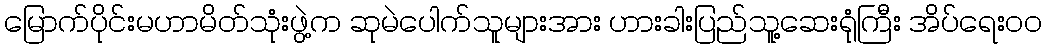
မြောက်ပိုင်းမဟာမိတ်သုံးဖွဲ့က ဆုမဲပေါက်သူများအား ဟားခါးပြည်သူ့ဆေးရုံကြီး အိပ်ရေးဝဝ